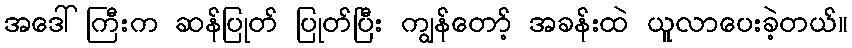
အဒေါ်ကြီးက ဆန်ပြုတ် ပြုတ်ပြီး ကျွန်တော့် အခန်းထဲ ယူလာပေးခဲ့တယ်။